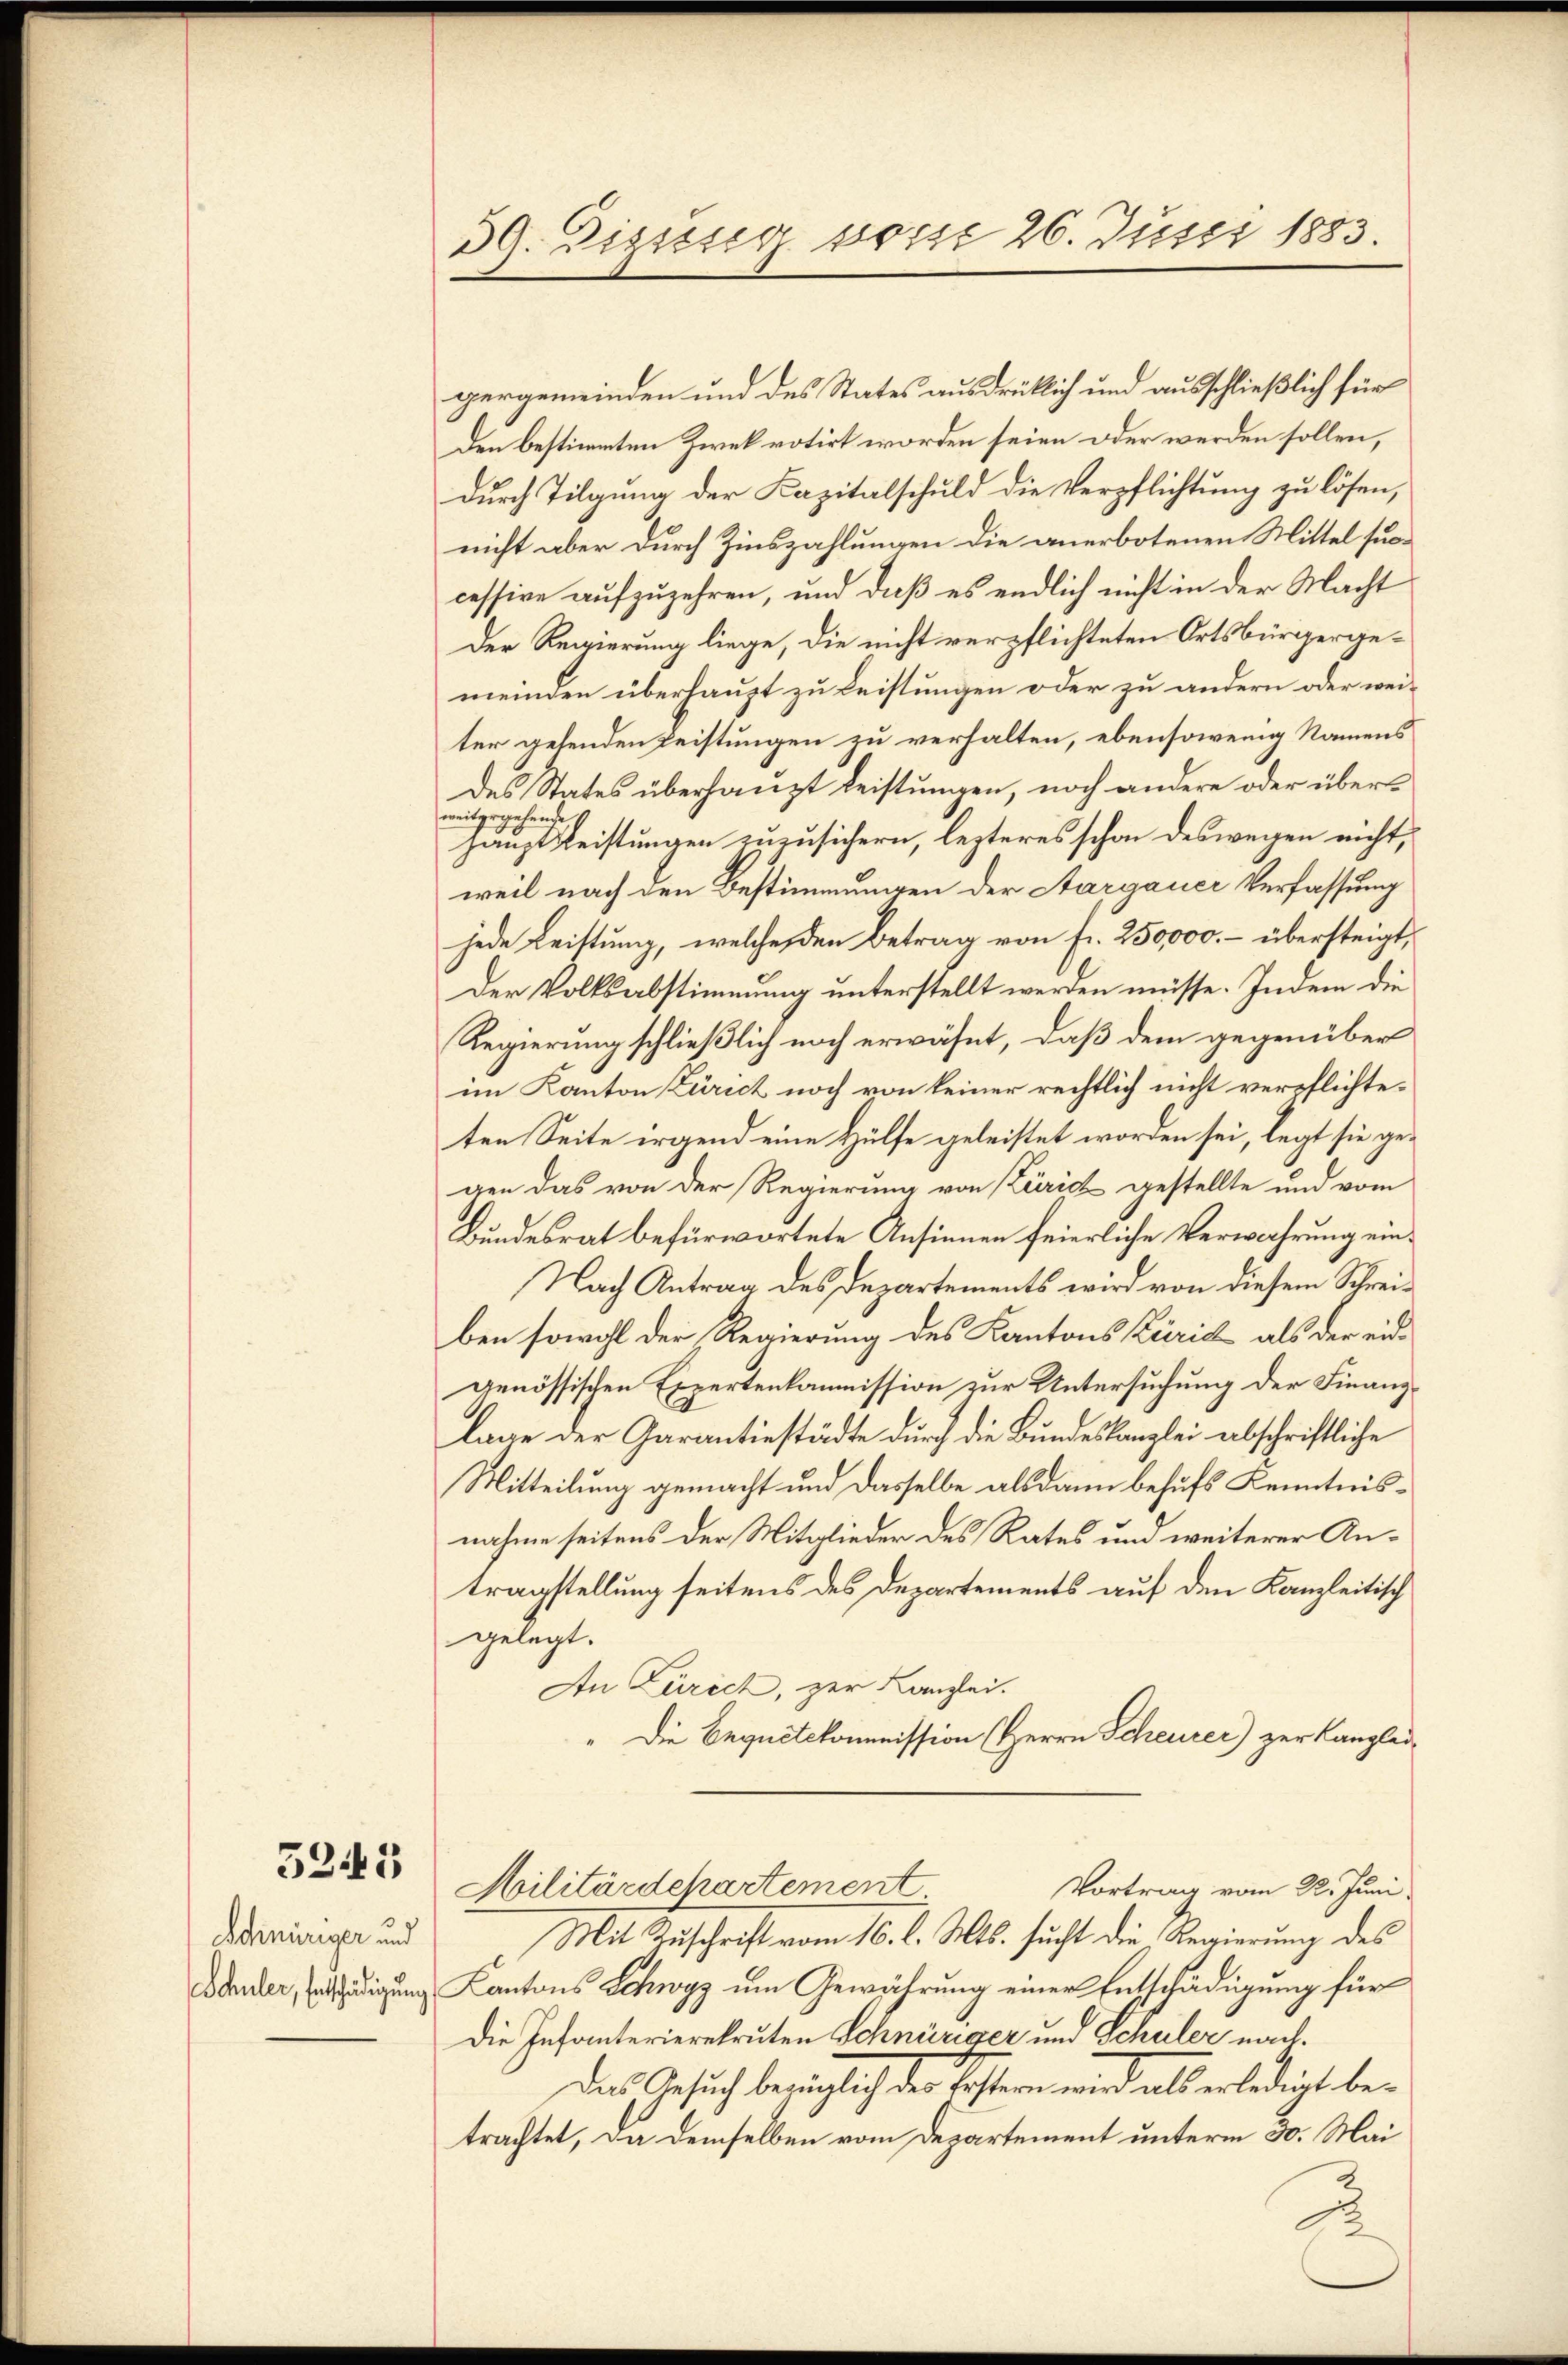
5245

Schnüriger und

39. Dizung posse 26. Justi 1883.

pergemeinden und des States ausdrüklich und ausschließlich für
den bestimmten Zwek votirt worden seien oder werden sollen,
durch Tilgung der Kapitalschuld die Verpflichtung zu lösen,
nicht aber durch Zinszahlungen die anerbotenen Mittel successive aufzuzehren, und daß es endlich nicht in der Macht
Der Regierung liege, die nicht verpflichteten Ortsbürgergemeinden überhaupt zu Leistungen oder zu andern oder weiter gehenden Leistungen zu verhalten, ebensowenig Namens
des States überhaupt leistungen, noch andere oder überweitgegehende
haupt leistungen zuzusichern, lezteres schon deswegen nicht,
weil nach den Bestimmungen der Aargauer Verfassung
jede Leistung, welches den Betrag von Fr. 250,000. – übersteigt,
Der Volksabstimmung unterstellt werden müsse. Indem die
Regierung schließlich noch erwähnt, daß dem gegenüber
im Kanton Zürich noch von keiner rechtlich nicht verpflichteten Seite irgend eine Hülfe geleistet worden sei, legt sie gegen das von der Regierung von Zürich gestellte und vom
Bundesrat befürwortete Ansinnen feierliche Verwahrung ein¬
Nach Antrag des Departements wird von diesem Schreiben sowohl der Regierung des Kantons Zürich, als der eidgenössischen Expertenkommission zur Untersuchung der Finanzlage der Garantiestädte durch die Bundeskanzlei abschriftliche
Mitteilung gemacht und dasselbe alsdann behufs Kenntnisnahme seitens der Mitglieder des Rates und weiterer Antragstellung seitens des Departements auf den Kanzleitisch
gelegt.
An Zürich, zur Kanzlei.
" Die Eequetekommission (Herrn Scheurer) zur Kanzlei-
Militärdepartement
Vortrag vom 22. Juni.
Mit Zuschrift vom 16. l. Mts. sucht die Regierung des
Stander, Erschädigung Kantons Schwyz um Gewährung einer Entschädigung für
Die Infanterierekruten Schnüriger und Schuler nachdes Gesuch bezüglich der Kosten wird als erledigt, betrachtet, da demselben vom Departement unterm 30. Mai
2